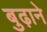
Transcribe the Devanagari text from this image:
बुढ़ाने